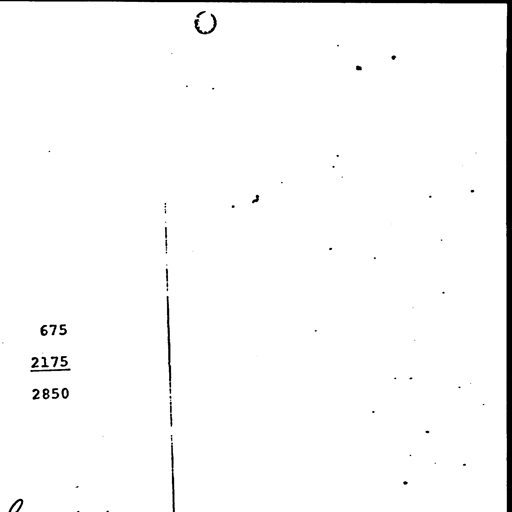
675
2175
2850